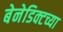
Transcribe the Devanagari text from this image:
बेनेडिक्टच्या